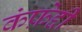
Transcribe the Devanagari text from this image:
कंफ़ेद्दी